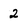
Character: 2